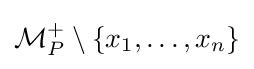
{\mathcal {M}}_{P}^{+}\setminus \{x_{1},\ldots ,x_{n}\}